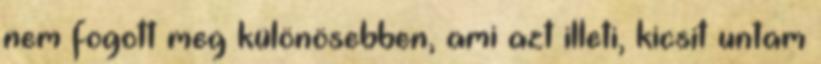
nem fogott meg különösebben, ami azt illeti, kicsit untam